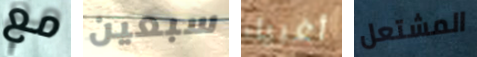
مع سبعين أغبياء المشتعل